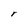
Character: r